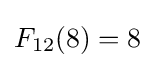
F_{12}(8)=8